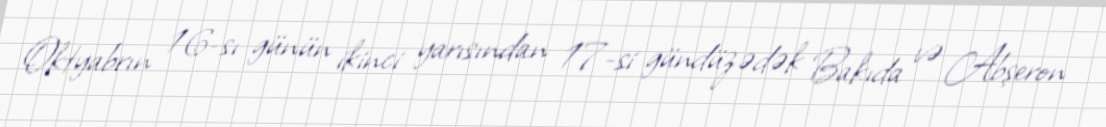
Oktyabrın 16-sı günün ikinci yarısından 17-si gündüzədək Bakıda və Abşeron